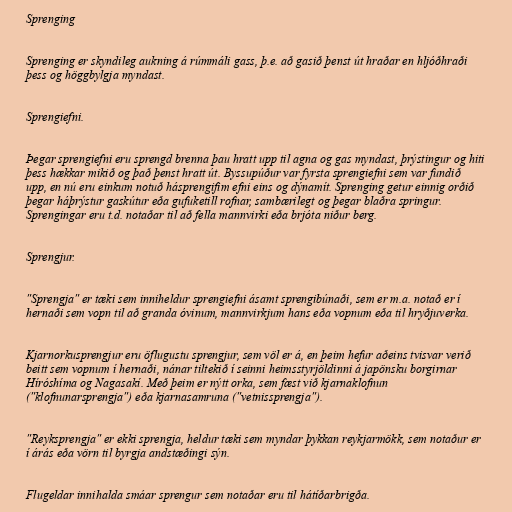
Sprenging

Sprenging er skyndileg aukning á rúmmáli gass, þ.e. að gasið þenst út hraðar en hljóðhraði
þess og höggbylgja myndast.

Sprengiefni.

Þegar sprengiefni eru sprengd brenna þau hratt upp til agna og gas myndast, þrýstingur og hiti
þess hækkar mikið og það þenst hratt út. Byssupúður var fyrsta sprengiefni sem var fundið
upp, en nú eru einkum notuð hásprengifim efni eins og dýnamít. Sprenging getur einnig orðið
þegar háþrýstur gaskútur eða gufuketill rofnar, sambærilegt og þegar blaðra springur.
Sprengingar eru t.d. notaðar til að fella mannvirki eða brjóta niður berg.

Sprengjur.

"Sprengja" er tæki sem inniheldur sprengiefni ásamt sprengibúnaði, sem er m.a. notað er í
hernaði sem vopn til að granda óvinum, mannvirkjum hans eða vopnum eða til hryðjuverka.

Kjarnorkusprengjur eru öflugustu sprengjur, sem völ er á, en þeim hefur aðeins tvisvar verið
beitt sem vopnum í hernaði, nánar tiltekið í seinni heimsstyrjöldinni á japönsku borgirnar
Híróshíma og Nagasakí. Með þeim er nýtt orka, sem fæst við kjarnaklofnun
("klofnunarsprengja") eða kjarnasamruna ("vetnissprengja").

"Reyksprengja" er ekki sprengja, heldur tæki sem myndar þykkan reykjarmökk, sem notaður er
í árás eða vörn til byrgja andstæðingi sýn.

Flugeldar innihalda smáar sprengur sem notaðar eru til hátíðarbrigða.